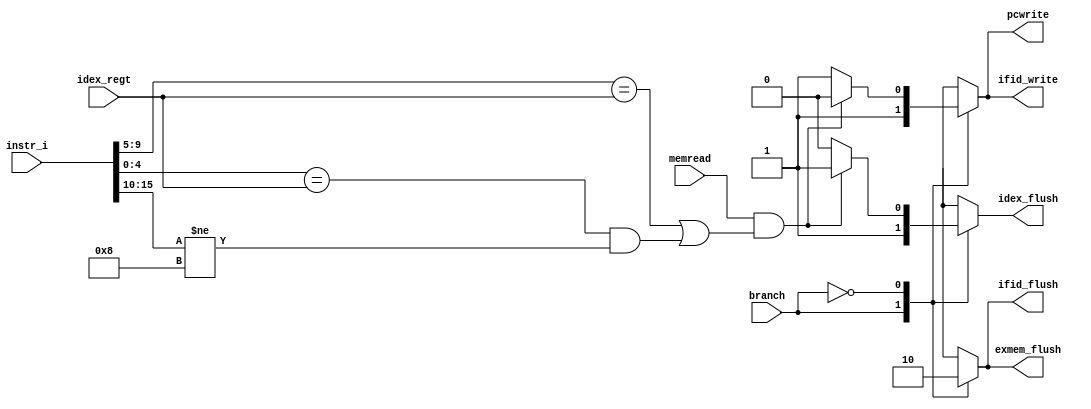
// 0410893
module Hazard_Detection(
    memread,
    instr_i,
    idex_regt,
    branch,
    pcwrite,
    ifid_write,
    ifid_flush,
    idex_flush,
    exmem_flush
);

input       memread;
input [15:0]instr_i;
input [4:0] idex_regt;
input       branch;
output      pcwrite;
output      ifid_write;
output      ifid_flush;
output      idex_flush;
output      exmem_flush;

reg      pcwrite;
reg      ifid_write;
reg      ifid_flush;
reg      idex_flush;
reg      exmem_flush;

always@(*) begin
    case(branch)
        1'b1: 
	begin
	  pcwrite <= 1'b1;
	  ifid_write <= 1'b1;
	  ifid_flush <= 1'b1;
	  idex_flush <= 1'b1;
	  exmem_flush <= 1'b1;
	end
        1'b0: 
	begin
          if(memread == 1'b1 && (instr_i[9:5] == idex_regt || (instr_i[4:0] == idex_regt && instr_i[15:10] != 6'b001000)))
	  begin		
		pcwrite <= 1'b0;
	  	ifid_write <= 1'b0;
	  	ifid_flush <= 1'b0;
	  	idex_flush <= 1'b1;
	  	exmem_flush <= 1'b0;
	  end
          else
	  begin
          	pcwrite <= 1'b1;
	  	ifid_write <= 1'b1;
	  	ifid_flush <= 1'b0;
	  	idex_flush <= 1'b0;
	  	exmem_flush <= 1'b0;
	  end
        end
    endcase
end

endmodule